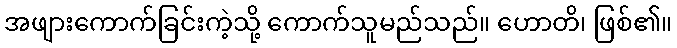
အဖျားကောက်ခြင်းကဲ့သို့ ကောက်သူမည်သည်။ ဟောတိ၊ ဖြစ်၏။